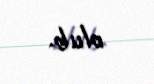
olub.